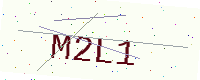
Text: M2L1